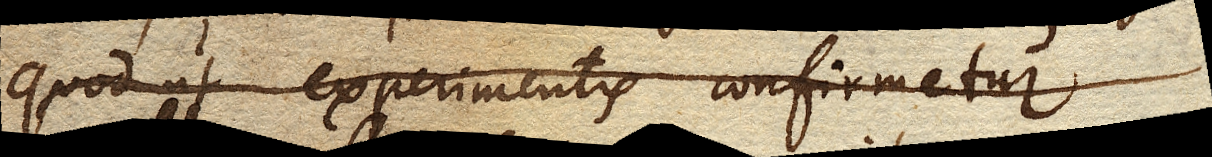
Quod ut experimentis confirmetur